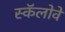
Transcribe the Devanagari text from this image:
स्कॅलोवे